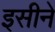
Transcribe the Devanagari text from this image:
इसीने